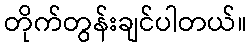
တိုက်တွန်းချင်ပါတယ်။